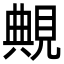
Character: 覥